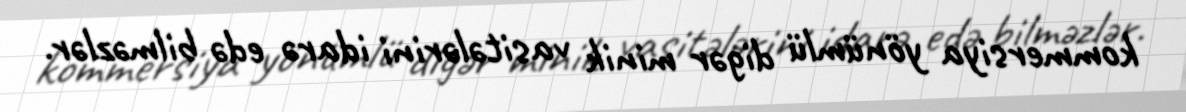
kommersiya yönümlü digər minik vasitələrini idarə edə bilməzlər.